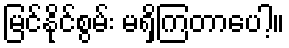
မြင်နိုင်စွမ်း မရှိကြတာပေါ့။